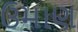
ઉમાણ